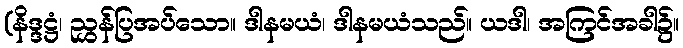
(နိဒ္ဒဋ္ဌံ၊ ညွှန်ပြအပ်သော။ ဒါနမယံ၊ ဒါနမယံသည်။ ယဒါ၊ အကြင်အခါ၌။